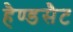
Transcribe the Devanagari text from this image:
हैण्डसैट